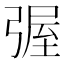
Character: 𭛀